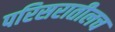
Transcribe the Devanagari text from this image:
परिसरातीलच